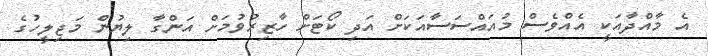
އެ މާއްދާއަކީ އެއްވެސް މުއައްސަސާއަކަށް އަދި ކޯޓަށް ހާޒިރުވުމަށް އަންގާ ލިޔުން މަޖިލީހުގެ